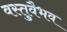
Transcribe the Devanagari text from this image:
वस्तुवैभव